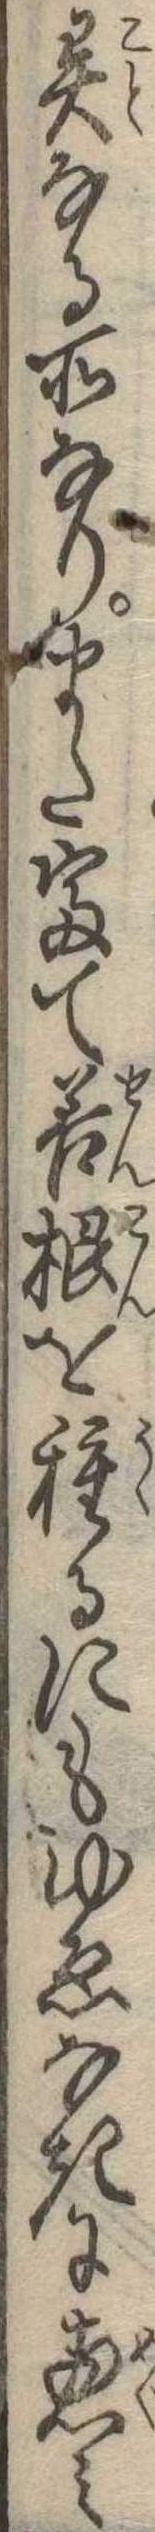
異なる所なりまた富て善根を種るにもゆゑなきに恵み